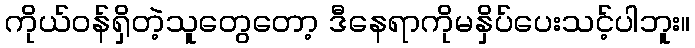
ကိုယ်ဝန်ရှိတဲ့သူတွေတော့ ဒီနေရာကိုမနှိပ်ပေးသင့်ပါဘူး။